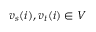
{ v _ { s } } ( i ) , { v _ { t } } ( i ) \in V